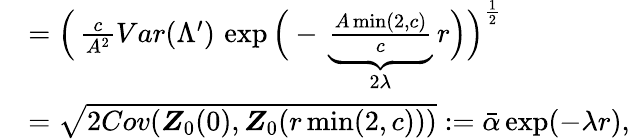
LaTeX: \begin{array}{rl}&{=\Big(\, \frac{c}{A^{2}}Var(\Lambda^{\prime})\, \exp\Big(-\, \underset{2\lambda}{\underbrace{\frac{A\operatorname*{min}(2,c)}{c}}}\, r\Big)\Big)^{\frac{1}{2}}}\\ &{=\sqrt{2Cov(\boldsymbol{Z}_{0}(0),\boldsymbol{Z}_{0}(r\operatorname*{min}(2,c)))}:=\bar{\alpha}\exp(-\lambda r),}\end{array}